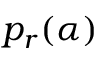
p _ { r } ( \alpha )